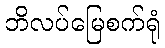
ဘိလပ်မြေစက်ရုံ